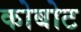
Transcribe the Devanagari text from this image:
कोबोट